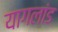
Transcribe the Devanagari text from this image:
यागलांड